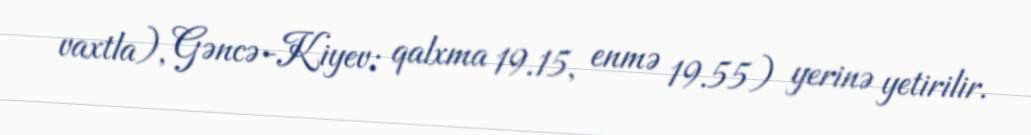
vaxtla), Gəncə-Kiyev: qalxma 19.15, enmə 19.55) yerinə yetirilir.